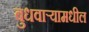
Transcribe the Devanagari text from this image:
बुधवार्‍यामधील